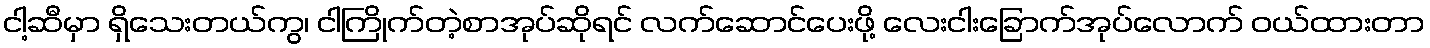
ငါ့ဆီမှာ ရှိသေးတယ်ကွ၊ ငါကြိုက်တဲ့စာအုပ်ဆိုရင် လက်ဆောင်ပေးဖို့ လေးငါးခြောက်အုပ်လောက် ဝယ်ထားတာ